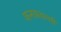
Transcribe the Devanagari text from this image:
कनकवल्ली